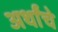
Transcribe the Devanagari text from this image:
अर्थांचे